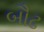
બૌઢ